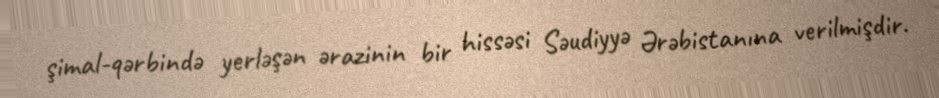
şimal-qərbində yerləşən ərazinin bir hissəsi Səudiyyə Ərəbistanına verilmişdir.